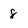
Character: 8